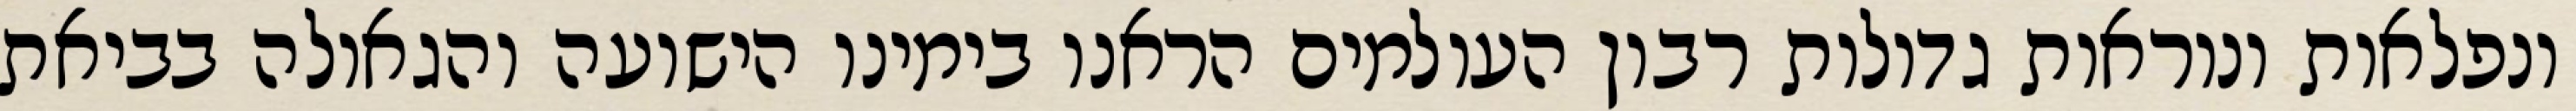
ונפלאות ונוראות גדולות רבון העולמים הראנו בימינו הישועה והגאולה בביאת